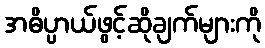
အဓိပ္ပာယ်ဖွင့်ဆိုချက်များကို